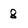
Character: 8